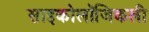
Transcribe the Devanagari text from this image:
साइकोलॉजिकली